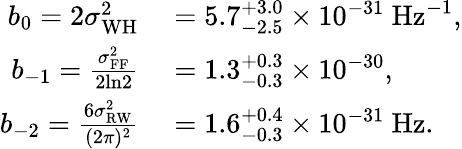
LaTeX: \begin{array}{rl}{b_{0}=2\sigma_{\mathrm{WH}}^{2}}&{{}=5.7_{-2.5}^{+3.0}\times 10^{-31}~\mathrm{Hz}^{-1},}\\ {b_{-1}=\frac{\sigma_{\mathrm{FF}}^{2}}{2\mathrm{ln}2}}&{{}=1.3_{-0.3}^{+0.3}\times 10^{-30},}\\ {b_{-2}=\frac{6\sigma_{\mathrm{RW}}^{2}}{(2\pi)^{2}}}&{{}=1.6_{-0.3}^{+0.4}\times 10^{-31}~\mathrm{Hz}.}\end{array}